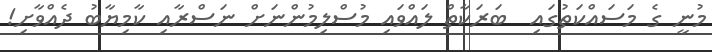
މުނީ ގެ މަސައްކަތުގައި  ބަރަކާތް ލައްވައި މުސްލިމުންނަށް ނަސްރާއި ކާމިޔާބު ދެއްވާށި!